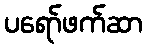
ပရော်ဖက်ဆာ